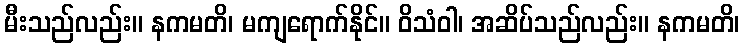
မီးသည်လည်း။ နကမတိ၊ မကျရောက်နိုင်။ ဝိသံဝါ၊ အဆိပ်သည်လည်း။ နကမတိ၊